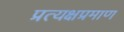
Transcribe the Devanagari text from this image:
प्रत्यक्षप्रमाण